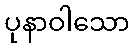
ပုနာဝါသော